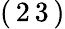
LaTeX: (\, 2\, 3\, )